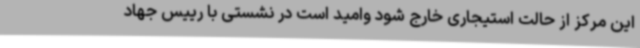
این مرکز از حالت استیجاری خارج شود وامید است در نشستی با رییس جهاد